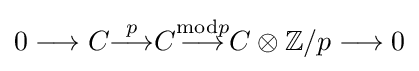
0\longrightarrow C{\overset {p}{\longrightarrow }}C{\overset {{\text{mod}}p}{\longrightarrow }}C\otimes \mathbb {Z} /p\longrightarrow 0